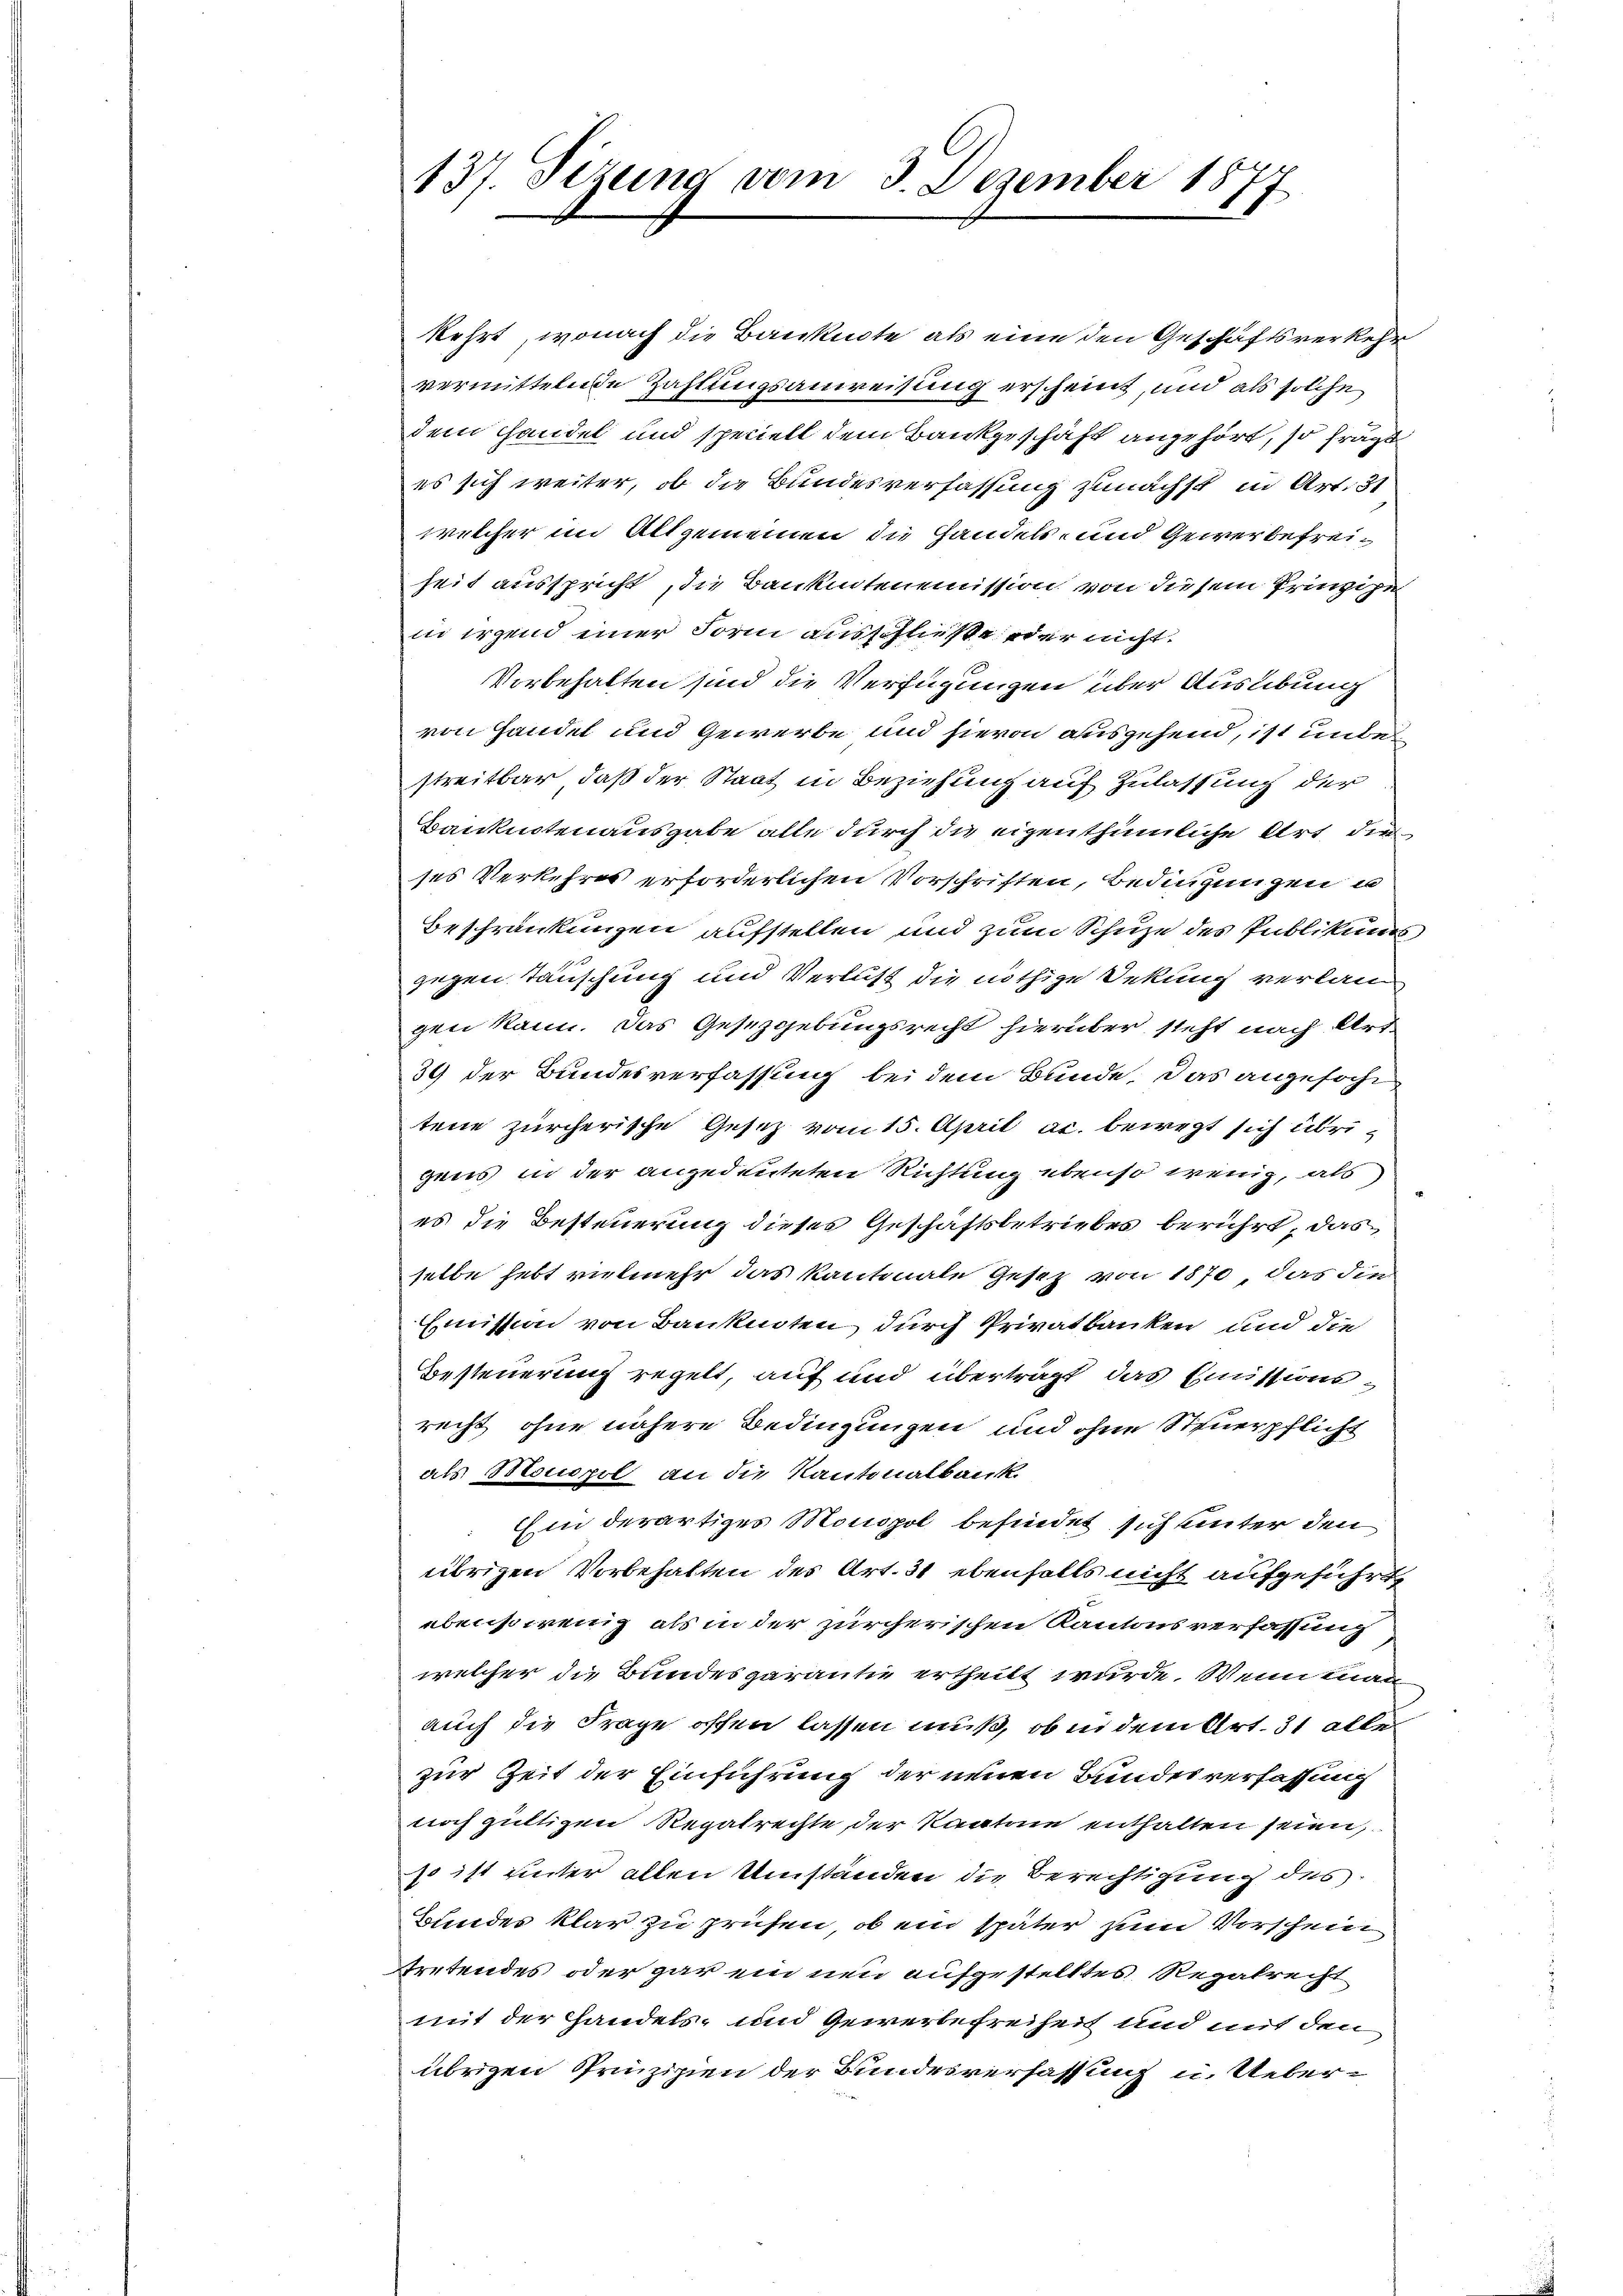
137. Sizung vom 3. Dezember 18

kehrt, wonach die Banknote als eine den Geschäftsverkehr
vermittelnde Zahlungsanweisung erscheint, und als solche
dem Handel und speciell dem Bankgeschäft angehört, so frägt
es sich weiter, ob die Bundesverfassung zunächst in Art. 31
welcher im Allgemeinen die Handels- und Gewerbefreiheit ausspricht, die Bankintenemission von diesem Prinzige
in irgend einer Form ausschließe oder nicht.
Vorbehalten sind die Verfügungen über Ausübung
von Handel und Gewerbe und hievon ausgehend, ist und einstreitbar, daß der Staat in Beziehung auf Zulassung der
Banknotenausgabe alle durch die eigenthümliche Art die
ses Verkehres erforderlichen Vorschriften, Bedingungen u
Beschränkungen aufstellen und zum Schuze des Publikums
gegen Tauschung und Verlust die nöthige Dekung verlan
gen kann. Das Gesetzgebungsrecht hierüber steht nach Art.
39 der Bundesverfassung bei dem Bunde, das angefocht
tene zürcherische Gesetz vom 15. April ac. bewegt sich übrigens in der angedeuteten Richtung ebenso wenig, als
es die Besteuerung dieses Geschäftsbetriebes berührt, das
selbe hebt vielmehr das kantonale Gesetz von 1870, das die
Emission von Banknoten durch Privatbanken und die
Besteuerung regelt, auf und überträgt das Emissionsrecht ohne nähere Bedingungen und ohne Steuerpflicht
als Monopol an die Kantonalbank
Ein derartiges Monopol befindet sich unter den
übrigen Vorbehalten des Art. 31 ebenfalls nicht aufgeführt,
ebensowenig als in der zürcherischen Kantonsverfassung
welcher die Bundesgarantie ertheilt wurde. Wenn man
auch die Frage offen lassen muß, ob in dem Art. 31 alle
zur Zeit der Einführung der neuen Bundesverfassung
noch gültigen Regatrechte der Kantone enthalten seien,
so ist unter allen Umständen die Berechtigung des
Bundes klar zu prüfen, ob ein später zum Vorschein
tretendes oder gar ein neu aufgestelltes Regalrecht
mit der Handels- und Gewerbefreiheit und mit den
übrigen Prinzipien der Bundesverfassung u. Ueber¬